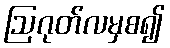
ဩဂုတ်လမှစ၍